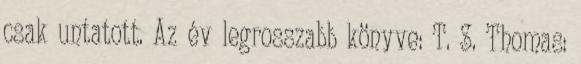
csak untatott. Az év legrosszabb könyve: T. S. Thomas: